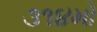
૩૧૪મો